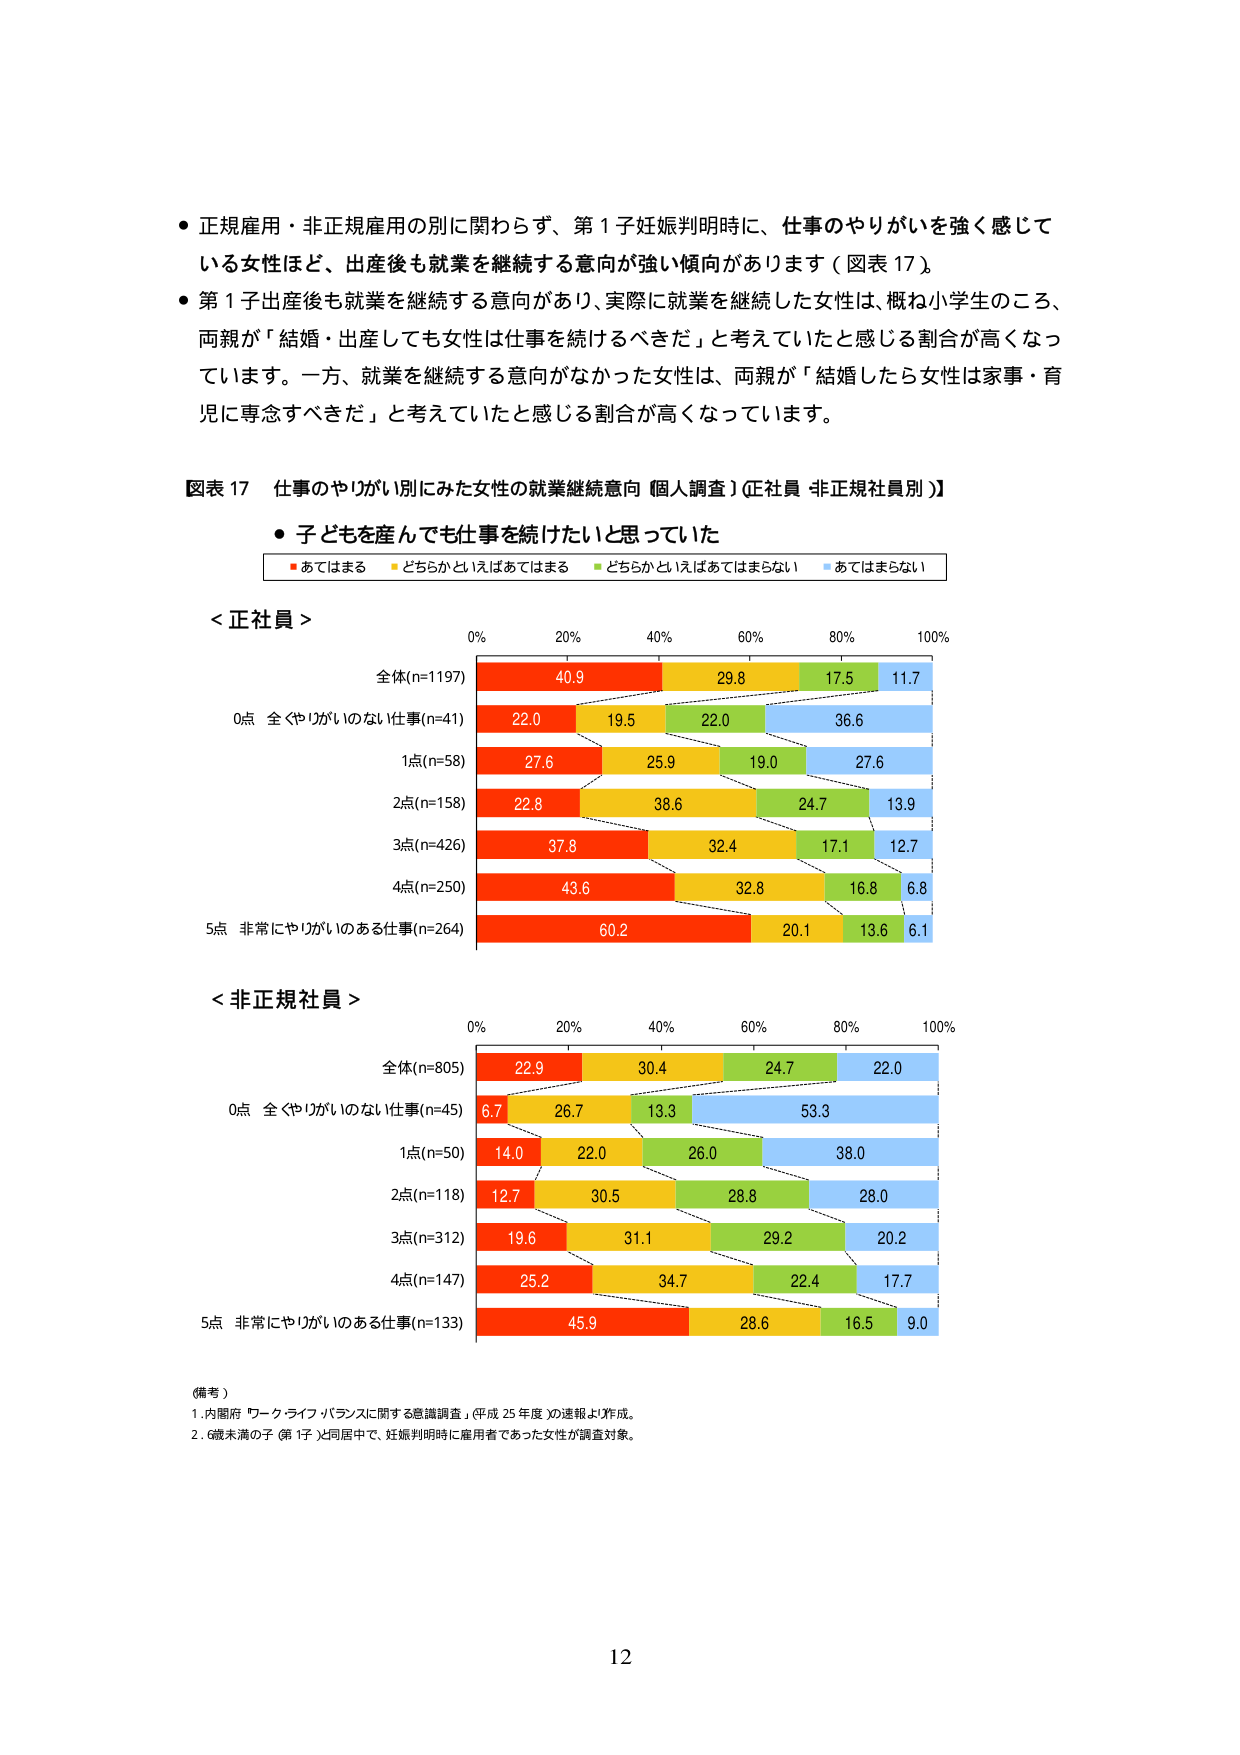
● 正規雇用・非正規雇用の別に関わらず、第１子妊娠判明時に、仕事のやりがいを強く感じて
いる女性ほど、出産後も就業を継続する意向が強い傾向があります（図表 17）。
● 第１子出産後も就業を継続する意向があり、実際に就業を継続した女性は、概ね小学生のころ、
両親が「結婚・出産しても女性は仕事を続けるべきだ」と考えていたと感じる割合が高くなっ
ています。一方、就業を継続する意向がなかった女性は、両親が「結婚したら女性は家事・育
児に専念すべきだ」と考えていたと感じる割合が高くなっています。

図表 17 仕事のやりがい別にみた女性の就業継続意向（個人調査）〔正社員・非正規社員別〕

● 子どもを産んでも仕事を続けたいと思っていた

■ あてはまる ■ どちらかといえばあてはまる ■ どちらかといえばあてはまらない ■ あてはまらない

＜正社員＞

0% 20% 40% 60% 80% 100%
全体(n=1197) 40.9 29.8 17.5 11.7
0点 全くやりがいのない仕事(n=41) 22.0 19.5 22.0 36.6
1点(n=58) 27.6 25.9 19.0 27.6
2点(n=158) 22.8 38.6 24.7 13.9
3点(n=426) 37.8 32.4 17.1 12.7
4点(n=250) 43.6 32.8 16.8 6.8
5点 非常にやりがいのある仕事(n=264) 60.2 20.1 13.6 6.1

＜非正規社員＞

0% 20% 40% 60% 80% 100%
全体(n=805) 22.9 30.4 24.7 22.0
0点 全くやりがいのない仕事(n=45) 6.7 26.7 13.3 53.3
1点(n=50) 14.0 22.0 26.0 38.0
2点(n=118) 12.7 30.5 28.8 28.0
3点(n=312) 19.6 31.1 29.2 20.2
4点(n=147) 25.2 34.7 22.4 17.7
5点 非常にやりがいのある仕事(n=133) 45.9 28.6 16.5 9.0

（備考）
1. 内閣府「ワークライフバランスに関する意識調査」（平成 25 年度）の速報より作成。
2. 6歳未満の子（第１子）と同居中で、妊娠判明時に雇用者であった女性が調査対象。

12